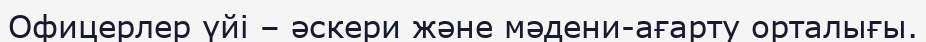
Офицерлер үйі – әскери және мәдени-ағарту орталығы.